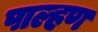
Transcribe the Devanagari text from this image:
पाल्हण